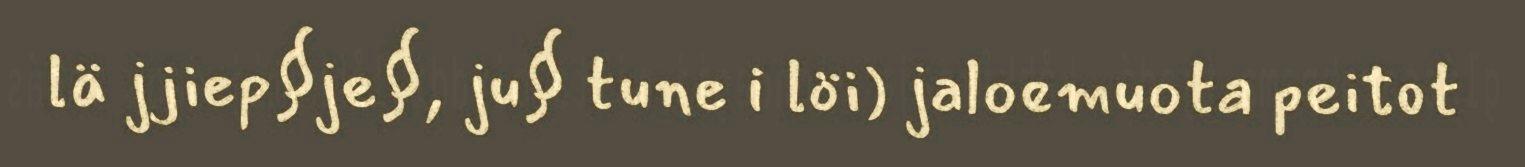
lä jjiep§je§, ju§ tune i löi) jaloemuota peitot